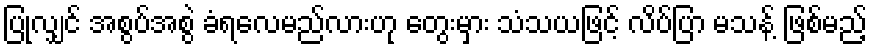
ပြုလျှင် အစွပ်အစွဲ ခံရလေမည်လားဟု တွေးမှား သံသယဖြင့် လိပ်ပြာ မသန့် ဖြစ်မည့်